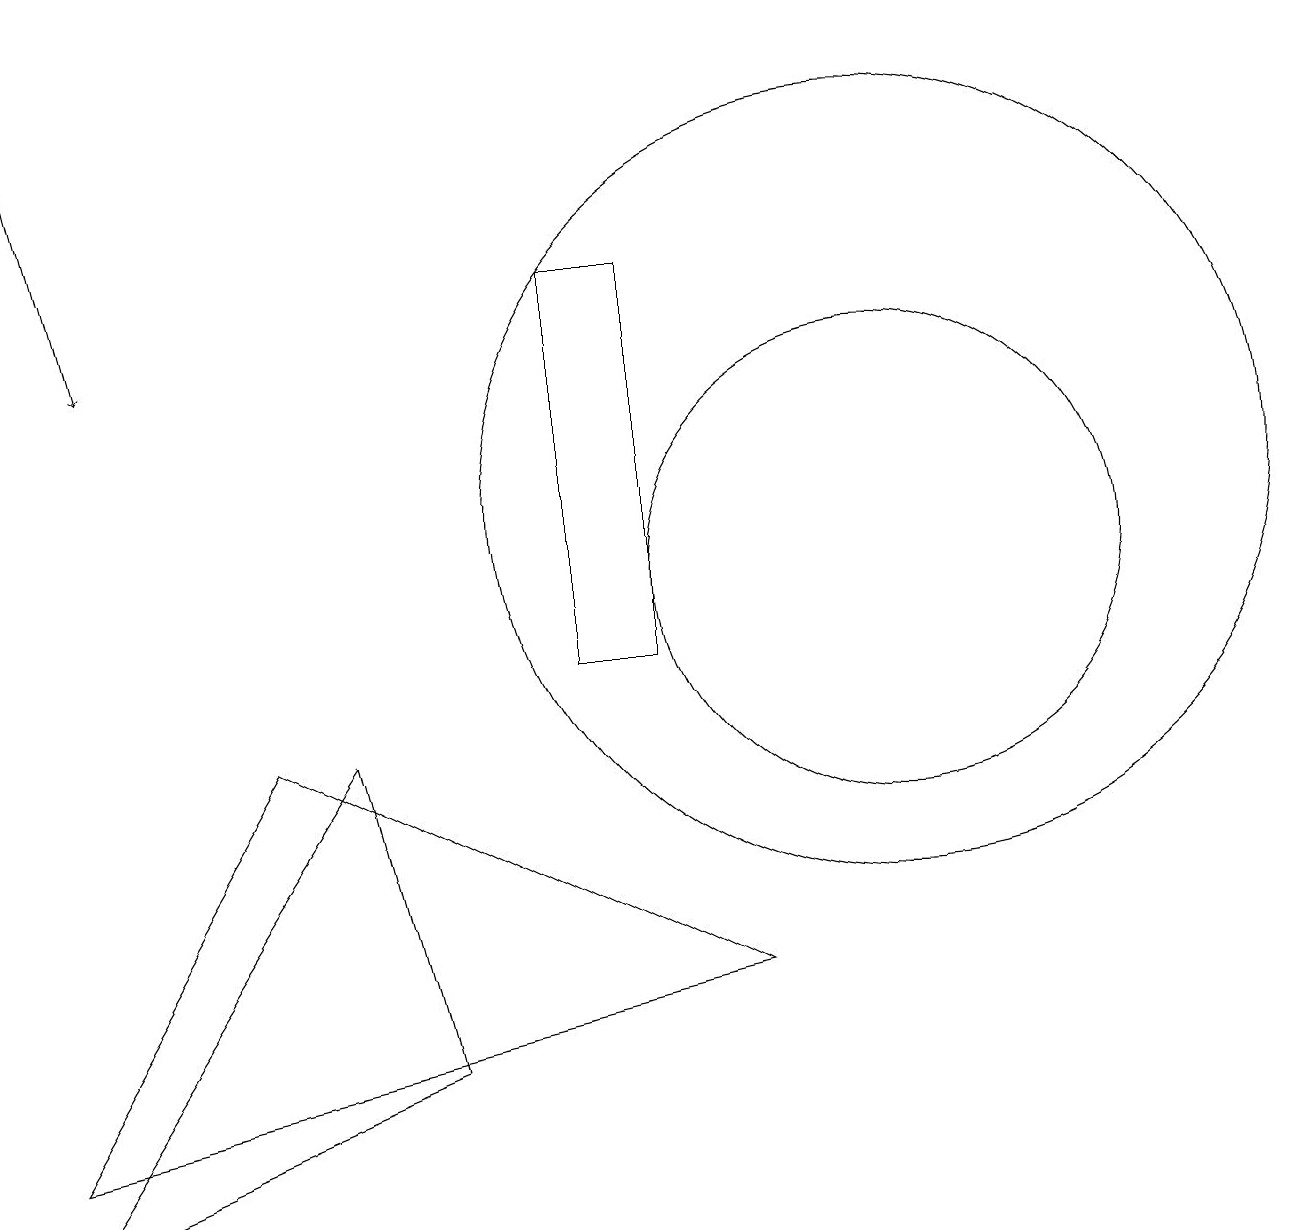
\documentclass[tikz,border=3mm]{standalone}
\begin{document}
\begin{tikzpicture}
\draw (11,12) circle (5);
\draw (11,11) circle (3);
\draw (7,15) rectangle (8,10);
\draw (3,9) -- (9,6) -- (0,4) -- cycle;
\draw (0,3) -- (4,9) -- (5,5) -- cycle;
\draw[->] (0,18) -- (1,14);
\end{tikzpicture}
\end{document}